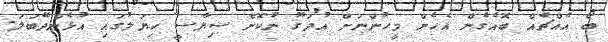
ބޯ އެއްޗެއް ބޮއެގެން އެހެން މީހުންނަށް އުދަގޫ ނުކޮށް ސިޔާސީ ހިޔަލުގައި އުޅެންދޭބަލަ.